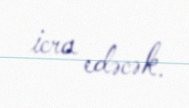
icra edəcək.